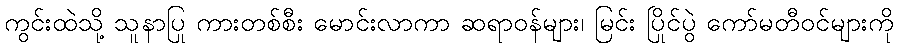
ကွင်းထဲသို့ သူနာပြု ကားတစ်စီး မောင်းလာကာ ဆရာဝန်များ၊ မြင်း ပြိုင်ပွဲ ကော်မတီဝင်များကို